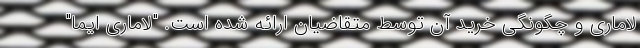
لاماری و چگونگی خرید آن توسط متقاضیان ارائه شده است. "لاماری ایما"